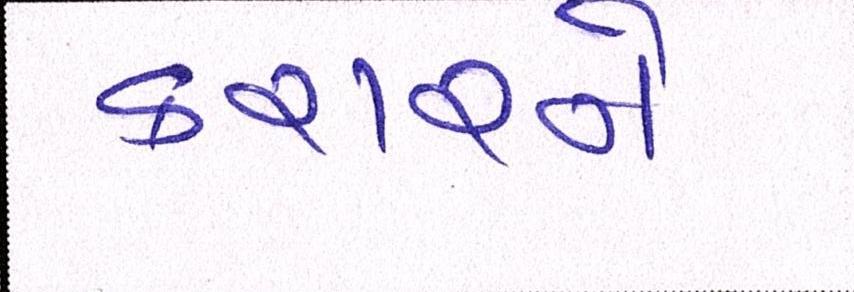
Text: કરારને